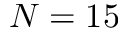
N = 1 5